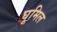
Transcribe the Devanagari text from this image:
घूमिल